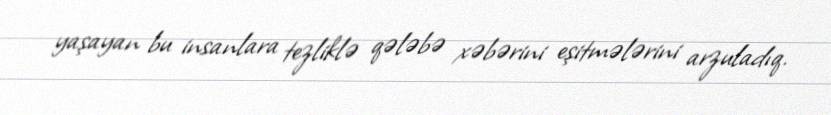
yaşayan bu insanlara tezliklə qələbə xəbərini eşitmələrini arzuladıq.